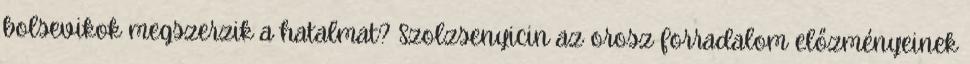
bolsevikok megszerzik a hatalmat? Szolzsenyicin az orosz forradalom előzményeinek